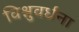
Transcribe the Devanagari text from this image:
विश्नुवर्धना